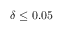
\delta \leq 0 . 0 5